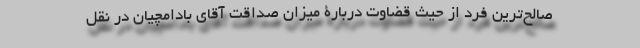
صالح‌ترین فرد از حیث قضاوت دربارۀ میزان صداقت آقای بادامچیان در نقل